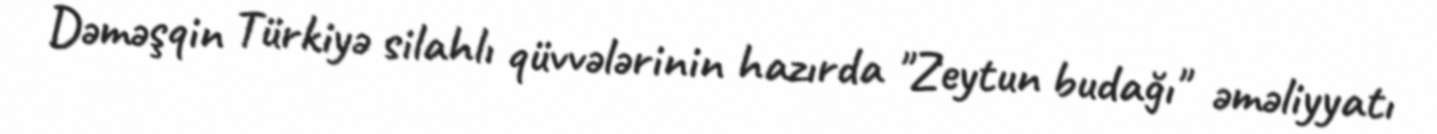
Dəməşqin Türkiyə silahlı qüvvələrinin hazırda "Zeytun budağı" əməliyyatı